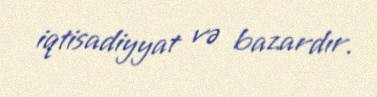
iqtisadiyyat və bazardır.